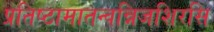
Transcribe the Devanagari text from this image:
प्रतिष्ठामातन्वन्निजशिरसि